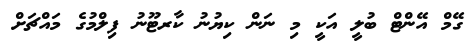
ގޭމް އޭންޓް ބުލީ އަކީ މި ނަން ކިޔުނު ކާރޓޫނު ފިލްމުގެ މައްޗަށް